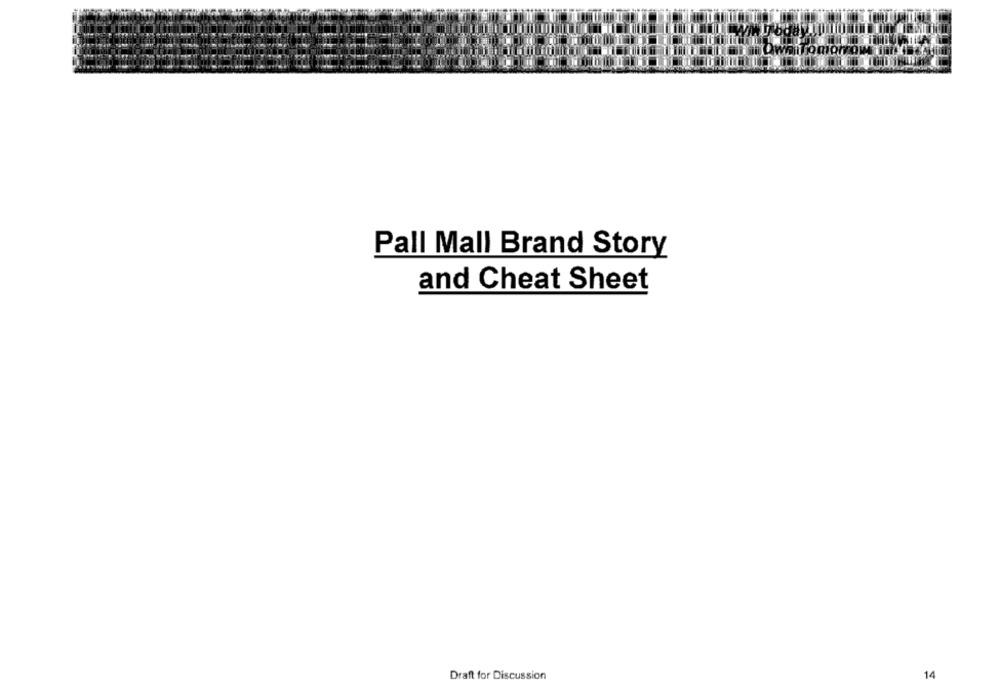
Pall Mall Brand Story
and Cheat Sheet
Draft for Discussion
14